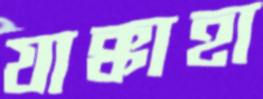
যাক্কাহা